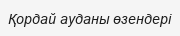
Қордай ауданы өзендері